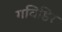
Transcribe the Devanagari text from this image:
गविष्ठिर